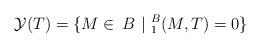
LaTeX: \begin{align*} \mathcal{Y}(T)=\{M\in\mathop{}B~|~_1^B(M,T)=0\} \end{align*}